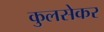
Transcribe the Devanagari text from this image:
कुलसेकर